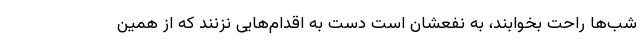
شب‌ها راحت بخوابند، به نفعشان است دست به اقدام‌هایی نزنند که از همین